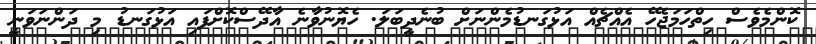
ކޮންމެވެސް ހިތްހަމަޖެހޭ އެއްޗެއް އަޅުގަނޑުމެންނަށް ބުނެދީބަލަ. ހެޔޮނުވާނެ އާދޭސްކޮށްފައި އަޅުގަނޑު މި ދަންނަވަނީ